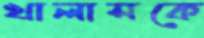
খালাসকে